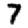
Digit: 7